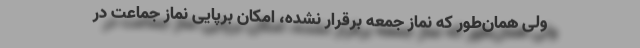
ولی همان‌طور که نماز جمعه برقرار نشده، امکان برپایی نماز جماعت در